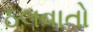
ઠલવાતો